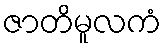
ဇာတိမူလကံ